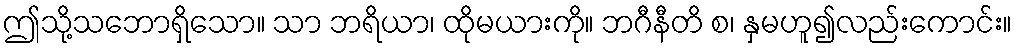
ဤသို့သဘောရှိသော။ သာ ဘရိယာ၊ ထိုမယားကို။ ဘဂီနီတိ စ၊ နှမဟူ၍လည်းကောင်း။